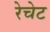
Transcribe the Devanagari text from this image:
रेचेट